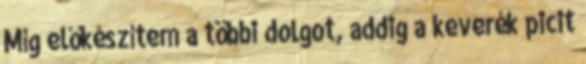
Míg előkészítem a többi dolgot, addig a keverék picit